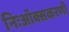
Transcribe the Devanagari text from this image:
निःऑक्सकरणी